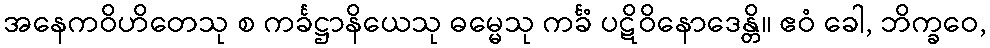
အနေကဝိဟိတေသု စ ကင်္ခဋ္ဌာနိယေသု ဓမ္မေသု ကင်္ခံ ပဋိဝိနောဒေန္တိ။ ဧဝံ ခေါ, ဘိက္ခဝေ,